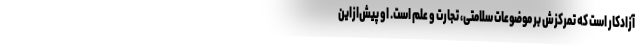
آزادکار است که تمرکزش بر موضوعات سلامتی، تجارت و علم است. او پیش‌ازاین